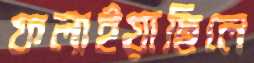
ফলাইয়াছিলে